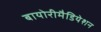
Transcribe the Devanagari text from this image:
बायोरीमैडियेशन